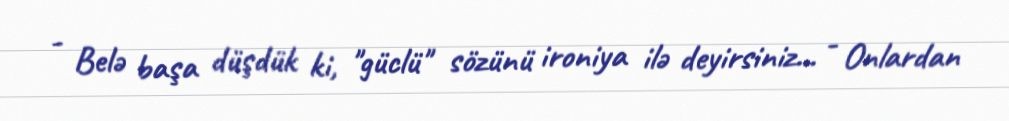
- Belə başa düşdük ki, "güclü" sözünü ironiya ilə deyirsiniz... - Onlardan